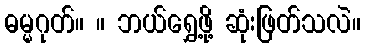
ဓမ္မဂုတ်။ ။ ဘယ်ရွှေ့ဖို့ ဆုံးဖြတ်သလဲ။